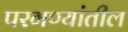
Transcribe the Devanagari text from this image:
परगण्यांतील